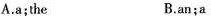
A.a;the B.an;a